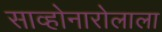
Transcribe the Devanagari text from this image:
साव्होनारोलाला